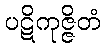
ပဋိကုဇ္ဇိတံ